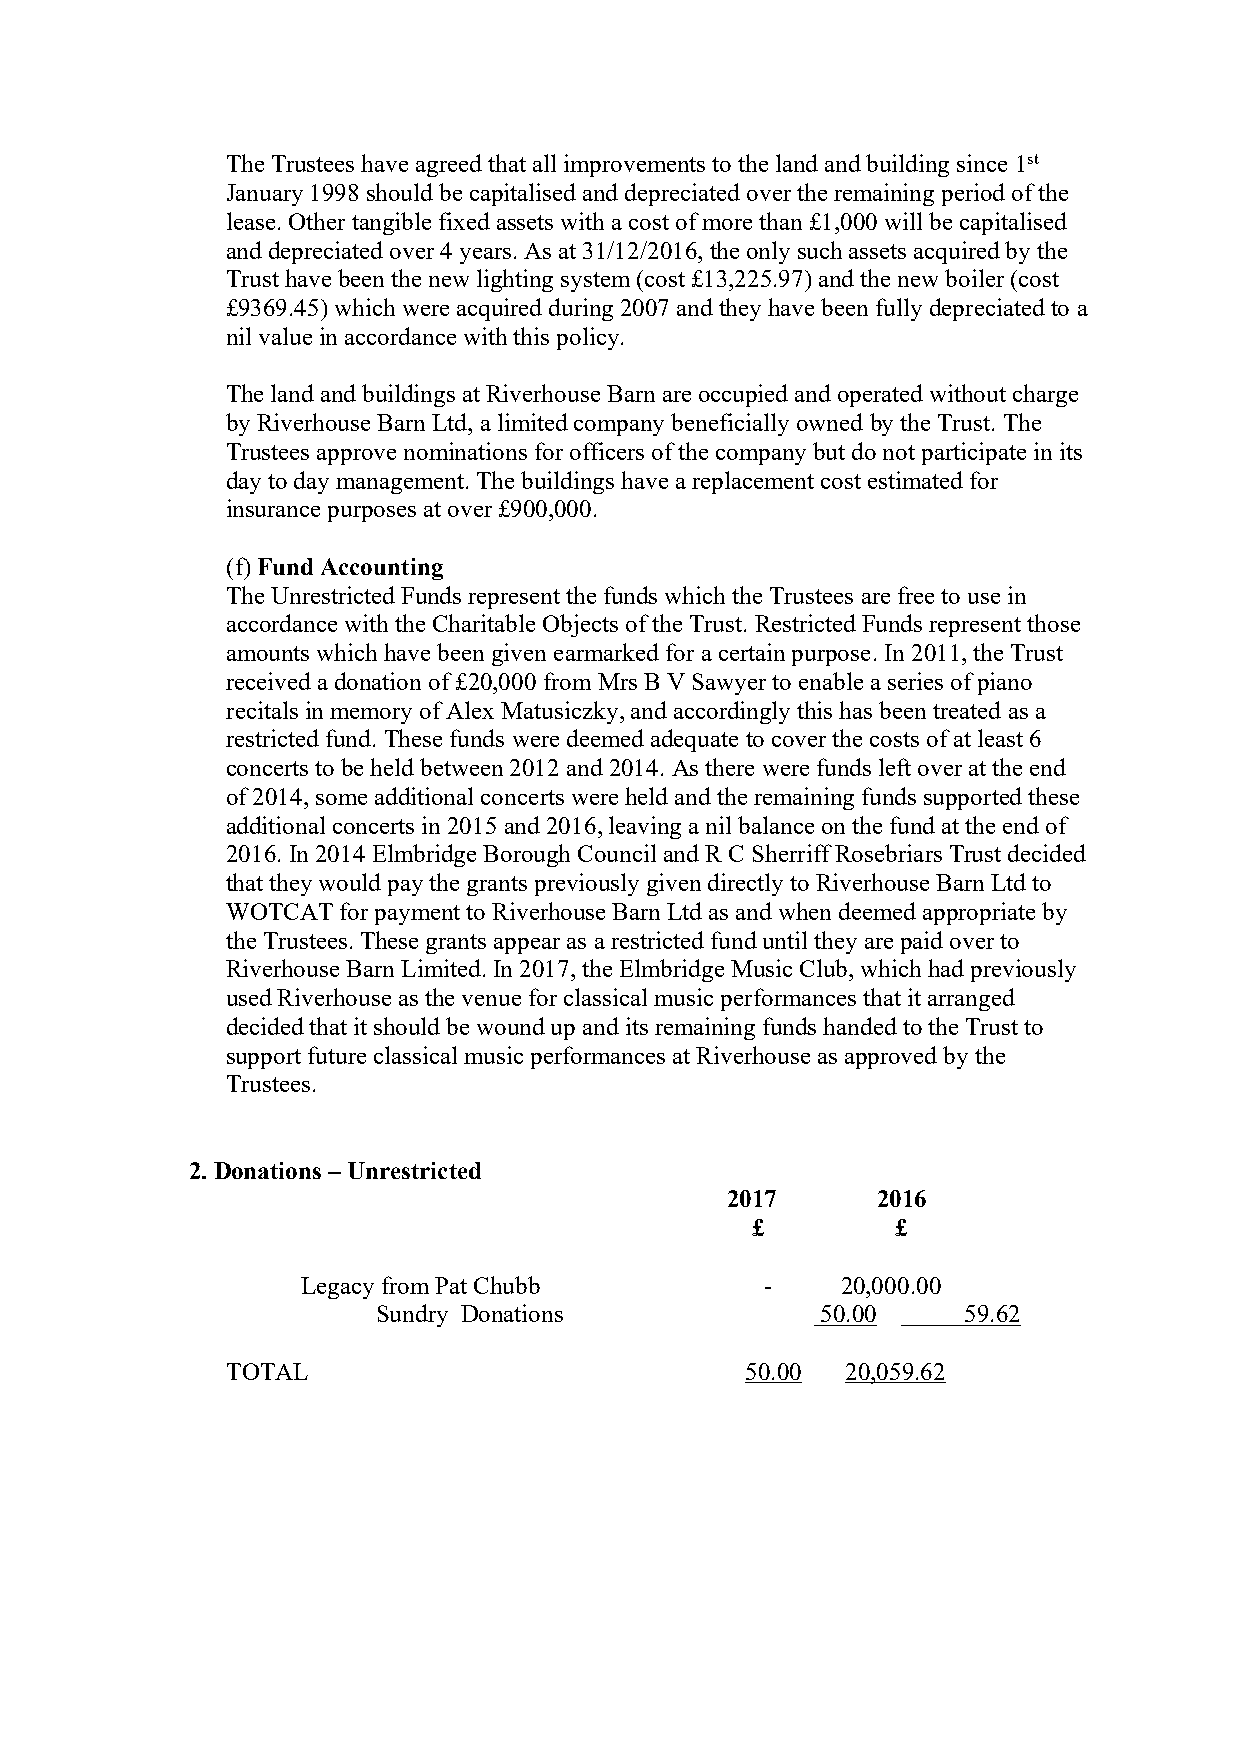
The Trustees have agreed that all improvements to the land and building since 1st
 January 1998 should be capitalised and depreciated over the remaining period of the
 lease. Other tangible fixed assets with a cost of more than £1,000 will be capitalised
 and depreciated over 4 years. As at 31/12/2016, the only such assets acquired by the
 Trust have been the new lighting system (cost £13,225.97) and the new boiler (cost
 £9369.45) which were acquired during 2007 and they have been fully depreciated to a
 nil value in accordance with this policy.
 The land and buildings at Riverhouse Barn are occupied and operated without charge
 by Riverhouse Barn Ltd, a limited company beneficially owned by the Trust. The
 Trustees approve nominations for officers of the company but do not participate in its
 day to day management. The buildings have a replacement cost estimated for
 insurance purposes at over £900,000.
 (f) Fund Accounting
 The Unrestricted Funds represent the funds which the Trustees are free to use in
 accordance with the Charitable Objects of the Trust. Restricted Funds represent those
 amounts which have been given earmarked for a certain purpose. In 2011, the Trust
 received a donation of £20,000 from Mrs B V Sawyer to enable a series of piano
 recitals in memory of Alex Matusiczky, and accordingly this has been treated as a
 restricted fund. These funds were deemed adequate to cover the costs of at least 6
 concerts to be held between 2012 and 2014. As there were funds left over at the end
 of 2014, some additional concerts were held and the remaining funds supported these
 additional concerts in 2015 and 2016, leaving a nil balance on the fund at the end of
 2016. In 2014 Elmbridge Borough Council and R C Sherriff Rosebriars Trust decided
 that they would pay the grants previously given directly to Riverhouse Barn Ltd to
 WOTCAT for payment to Riverhouse Barn Ltd as and when deemed appropriate by
 the Trustees. These grants appear as a restricted fund until they are paid over to
 Riverhouse Barn Limited. In 2017, the Elmbridge Music Club, which had previously
 used Riverhouse as the venue for classical music performances that it arranged
 decided that it should be wound up and its remaining funds handed to the Trust to
 support future classical music performances at Riverhouse as approved by the
 Trustees.
 2. Donations – Unrestricted
 2017      2016
 £        £
 Legacy from Pat Chubb          -    20,000.00
 Sundry Donations             50.00     59.62
 TOTAL                             50.00  20,059.62